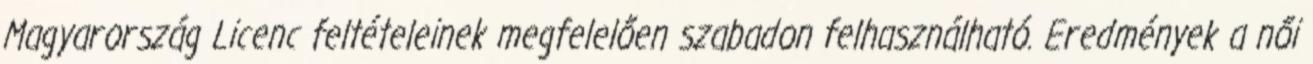
Magyarország Licenc feltételeinek megfelelően szabadon felhasználható. Eredmények a női